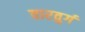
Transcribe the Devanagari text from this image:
वारवुर्ग